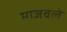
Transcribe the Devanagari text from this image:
माजवले